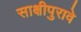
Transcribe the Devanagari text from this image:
साक्षीपुरावे